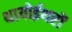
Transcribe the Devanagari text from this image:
थायोईथरों